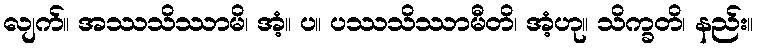
လျက်။ အဿသိဿာမိ၊ အံ့။ ပ။ ပဿသိဿာမီတိ၊ အံ့ဟု။ သိက္ခတိ၊ နည်း။